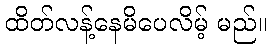
ထိတ်လန့်နေမိပေလိမ့် မည်။